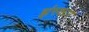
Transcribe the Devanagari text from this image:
झंस्कार